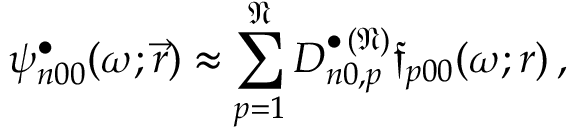
\psi _ { n 0 0 } ^ { \bullet } ( \omega ; \vec { r } ) \approx \sum _ { p = 1 } ^ { \mathfrak { N } } D _ { n 0 , p } ^ { \bullet \, ( \mathfrak { N } ) } \mathfrak { f } _ { p 0 0 } ( \omega ; r ) \, ,